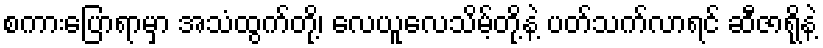
စကားပြောရာမှာ အသံထွက်တို့၊ လေယူလေသိမ့်တို့နဲ့ ပတ်သက်လာရင် ဆီဇာရိုနဲ့